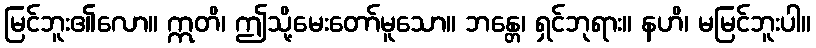
မြင်ဘူး၏လော။ ဣတိ၊ ဤသို့မေးတော်မူသော။ ဘန္တေ၊ ရှင်ဘုရား။ နဟိ၊ မမြင်ဘူးပါ။